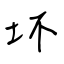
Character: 坏